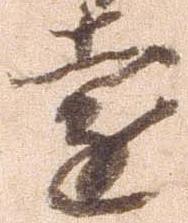
遠